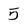
Character: 5